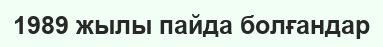
1989 жылы пайда болғандар